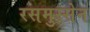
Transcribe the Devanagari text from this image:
रसमुस्सेन